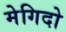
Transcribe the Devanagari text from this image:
मेगिदो